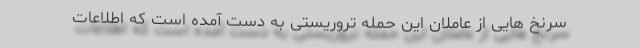
سرنخ هایی از عاملان این حمله تروریستی به دست آمده است که اطلاعات